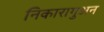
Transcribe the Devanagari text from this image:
निकारागुअन